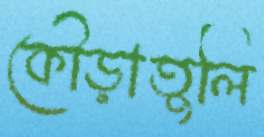
কৌড়াতুলি